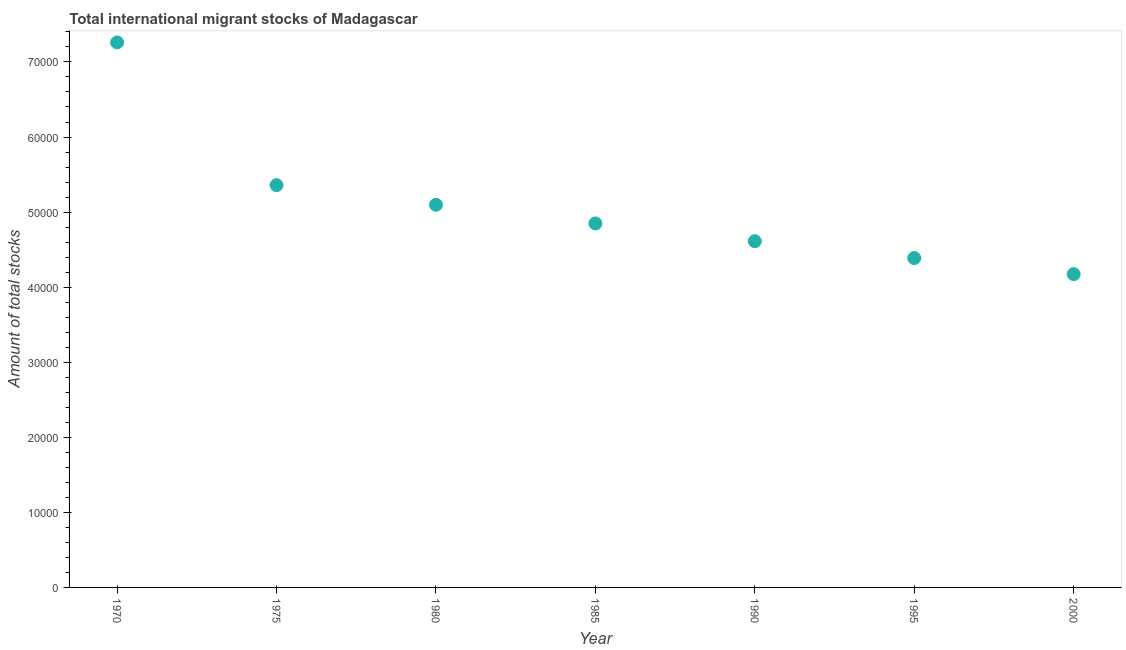
| Year | International migrant stock |
 | --- | --- |
 | 1970 | 7.26e+04 |
 | 1975 | 5.36e+04 |
 | 1980 | 5.1e+04 |
 | 1985 | 4.85e+04 |
 | 1990 | 4.61e+04 |
 | 1995 | 4.39e+04 |
 | 2000 | 4.17e+04 |